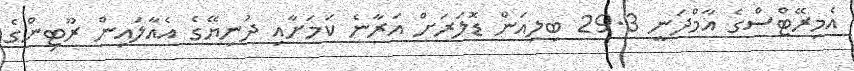
އެމިރޭޓްސްގެ އާމްދަނީ 29.3 ބިލިއަން ޑޮލަރަށް އަރާނެ ކަމަށާއި ދުނިޔޭގެ އެއާލައިން ރޫޓިންގެ